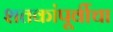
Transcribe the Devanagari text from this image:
शतकांपूर्वीचा